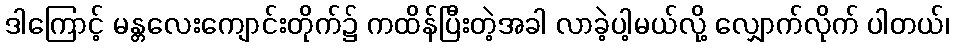
ဒါကြောင့် မန္တလေးကျောင်းတိုက်၌ ကထိန်ပြီးတဲ့အခါ လာခဲ့ပါ့မယ်လို့ လျှောက်လိုက် ပါတယ်၊